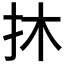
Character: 𢪮